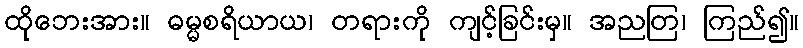
ထိုဘေးအား။ ဓမ္မစရိယာယ၊ တရားကို ကျင့်ခြင်းမှ။ အညတြ၊ ကြည်၍။